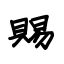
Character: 賜